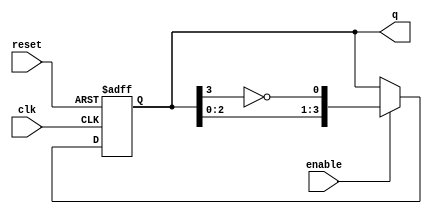
module johnson_counter (
    input wire clk,         // Clock input
    input wire reset,       // Asynchronous reset input
    input wire enable,      // Enable signal
    output reg [N-1:0] q    // Counter output
);
    parameter N = 4;        // Number of flip-flops (adjust as needed)
    
    // Initial state
    initial begin
        q = 0;              // Initialize counter to 0
    end

    always @(posedge clk or posedge reset) begin
        if (reset) begin
            q <= 0;         // Reset counter to 0
        end else if (enable) begin
            // Johnson counter logic: 
            // The next state is formed by shifting the current state
            // and inverting the last bit.
            q <= {q[N-2:0], ~q[N-1]};
        end
        // If enable is low, hold the current state
    end
endmodule